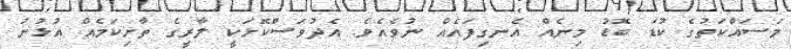
މަސައްކަތުގެ ކުޑަ ބޮޑު މިނެއް އެނގިފައެއް ނުވެއެވެ. އެދުވަސްކޮޅަކީ ލާރީގެ ތާށިކަމެއް އުޅުނު